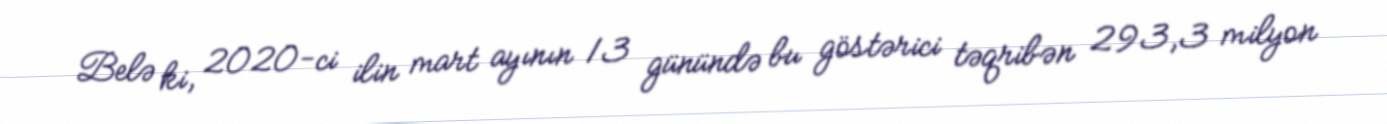
Belə ki, 2020-ci ilin mart ayının 13 günündə bu göstərici təqribən 293,3 milyon